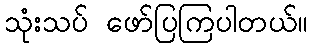
သုံးသပ် ဖော်ပြကြပါတယ်။